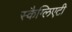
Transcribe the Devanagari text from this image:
स्कैग्लिएटी